Dysentery and liver abscess in Bombay - Number 47
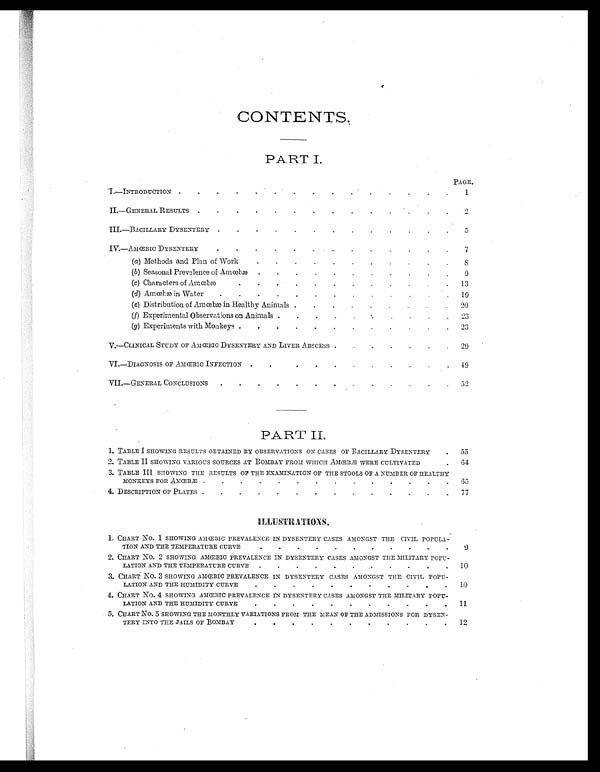
CONTENTS.
PART I.
PAGE.
I.—INTRODUCTION.
.
.
.
.
.
.
1
II.—GENERAL RESULTS
.
.
.
.
.
2
III.—BACILLARY DYSENTERY
.
.
5
IV.—AMŒBIC DYSENTERY
.
.
.
.
.
.
.
7
(a ) Methods and Plan of Work
.
.
8
(b) Seasonal Prevalence of Amœbæ
.
.
9
(c) Characters of Amœbæ
.
.
.
13
(d) Amœbæ in Water
.
.
.
19
(e) Distribution of Amœbæ in Healthy Animals
.
.
.
20
(f) Experimental Observations on Animals
.
23
(g) Experiments with Monkeys.
.
.
.
2 3
V.—CLINICAL STUDY OF AMŒBIC DYSENTERY AND LIVER ABSCESS
29
VI.—DIAGNOSIS OF AMŒBIC INFECTION .
.
. . . 49
VII.—GENERAL CONCLUSIONS
.
.
.
.
.
52
PART II
1. TABLE I SHOWING RESULTS OBTAINED BY OBSERVATIONS ON CASES OF BACILLARY DYSENTERY
.
55
2. TABLE II SHOWING VARIOUS SOURCES AT BOMBAY FROM WHICH AMŒBÆ WERE CULTIVATED
.
64
3. TABLE III SHOWING THE RESULTS OF THE EXAMINATION OF THE STOOLS OF A NUMBER OF HEALTHY
MONKEYS FOR AMŒBÆ
.
65
4. DESCRIPTION OF PLATES
.
.
.
.
. . .
77
ILLUSTRATIONS.
1. CHART NO. 1 SHOWING AMŒBIC PREVALENCE IN DYSENTERY CASES AMONGST THE CIVIL POPULA
-TION AND THE TEMPERATURE CURVE
9
2. CHART NO. 2 SHOWING AMŒBIC PREVALENCE IN DYSENTERY CASES AMONGST THE MILITARY POPU-
LATION AND THE TEMPERATURE CURVE
.
.
10
3. CHART NO. 3 SHOWING AMŒBIC PREVALENCE IN DYSENTERY CASES AMONGST THE CIVIL POPU-
LATION AND THE HUMIDITY CURVE
.
10
4. CHART NO. 4 SHOWING AMŒBIC PREVALENCE IN DYSENTERY CASES AMONGST THE MILITARY POPU-
LATION AND THE HUMIDITY CURVE
.
11
5. CHART NO. 5 SHOWING THE MONTHLY VARIATIONS FROM THE MEAN OF THE ADMISSIONS FOR DYSEN-
TERY INTO THE JAILS OF BOMBAY
.
12